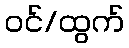
ဝင်/ထွက်